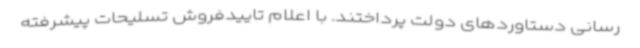
رسانی دستاوردهای دولت پرداختند. با اعلام تاییدفروش تسلیحات پیشرفته